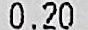
0.20